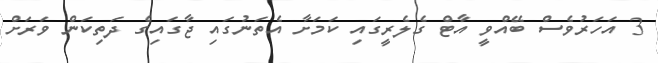
3 އަހަރުވެސް ބޭއްވީ އާޓް ގެލެރީގައި ކަމަށާ އެތަނުގައި ޖާގައިގެ ދަތިކަން ވަރަށް